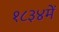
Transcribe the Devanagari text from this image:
१८३४में